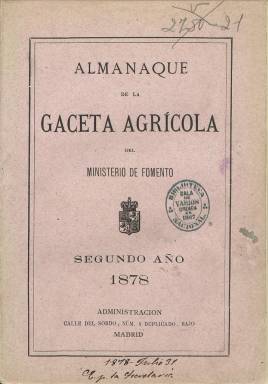
Título: Almanaque de la Gaceta agrícola del Ministerio de Fomento
Colección: Almanaques || Agricultura y ganadería
Ámbito geográfico: Madrid
Lugar de publicación: Madrid
Fechas: 01/01/1877-31/12/1881

Anuario publicado por la revista oficial del Ministerio de Fomento, creada por ley de uno de agosto de 1876 y destinada a la popularización de los conocimientos agrícolas y ganaderos y a la promoción del progreso en estos sectores españoles de producción. Su director es Miguel López Martínez (1825-1904) y su redactor jefe, Eduardo Abela y Sainz de Andino (1835-1908) y en ella colaboran numerosos ingenieros agrícolas.

El almanaque empieza a ser publicado para el año 1877, y la última entrega en la colección de la Biblioteca Nacional de España es la correspondiente a 1881. Cada una de ellas supera el centenar de páginas y sus artículos –al igual que en la propia revista- van ilustrados con grabados de figuras y dibujos relativos a la agricultura y ganadería, como son los productos hortícolas, entre otros. Al final, incluye un índice de contenidos.

Da cuenta de los días en los que se celebran las principales ferias de España, el cómputo eclesiástico, las fiestas movibles, el santoral, las épocas célebres o eclipses. Inserta crónicas sobre el año agrícola u hortícola (con los trabajos de cada mes), así como artículos de divulgación firmados por los citados López Martínez y Abela, o por R.T. Muñoz de Luna, Diego Navarro Soler, Francisco Balaguer, Manuel Prieto y Prieto o Pedro Julián Muñoz y Rubio, entre otros.

Las últimas páginas las dedica a un Álbum literario, con textos en prosa y en verso, de autores como Pedro Antonio Alarcón, Antonio F. Grillo, J. Ortega y Munilla, Ventura Ruiz de Aguilera, José Navarrete, Eusebio Blasco, Aurora Pérez Abela o José Zorrilla, entre otros.